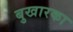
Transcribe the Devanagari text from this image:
बुखारका